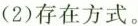
(2)存在方式。